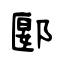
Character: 郾